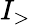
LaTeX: I_{>}